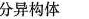
分异构体